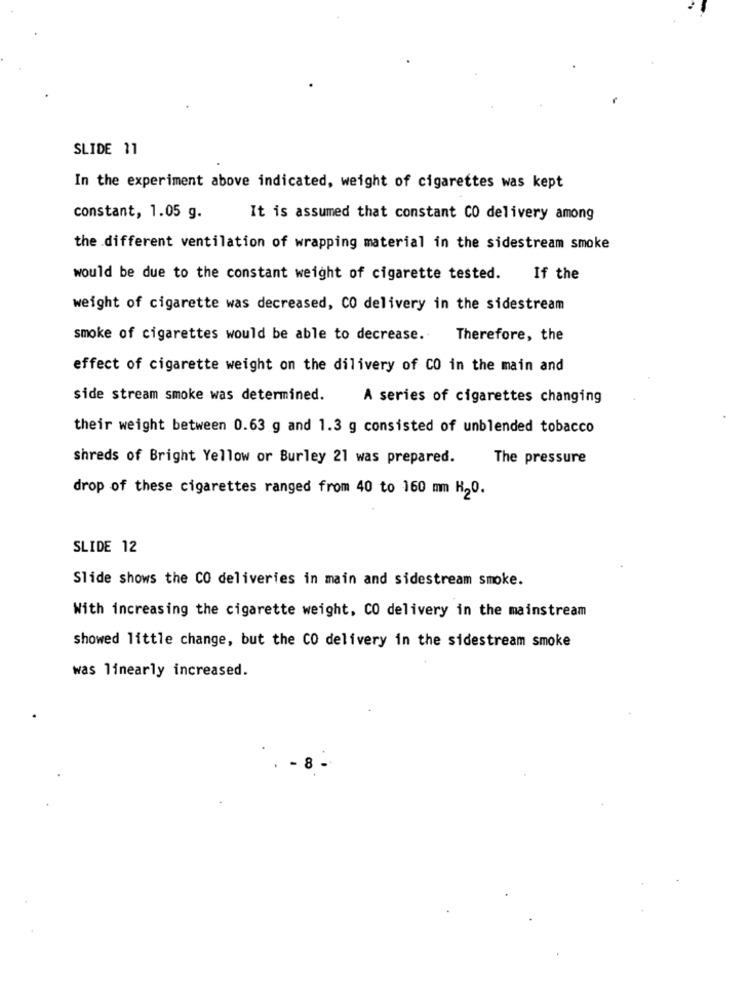
SLIDE 11
In the experiment above indicated, weight of cigarettes was kept
constant, 1.05 g.
It is assumed that constant CO delivery among
the different ventilation of wrapping material in the sidestream smoke
would be due to the constant weight of cigarette tested.
If the
weight of cigarette was decreased, CO delivery in the sidestream
smoke of cigarettes would be able to decrease.
Therefore, the
effect of cigarette weight on the dilivery of CO in the main and
side stream smoke was determined.
A series of cigarettes changing
their weight between 0.63 g and 1.3 g consisted of unblended tobacco
shreds of Bright Yellow or Burley 21 was prepared.
The pressure
drop of these cigarettes ranged from 40 to 160 mm H20.
SLIDE 12
Slide shows the CO deliveries in main and sidestream smoke.
With increasing the cigarette weight, CO delivery in the mainstream
showed little change, but the CO delivery in the sidestream smoke
was linearly increased.